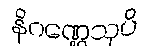
နိဂဏ္ဌေသုပိ